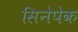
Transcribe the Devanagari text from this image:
सिनेपेक